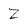
Character: z